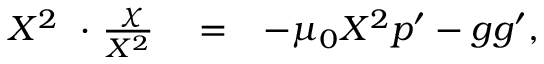
\begin{array} { r l r } { X ^ { 2 } { \bf \nabla } ~ { \bf \cdot } ~ \frac { { \bf \nabla } \chi } { X ^ { 2 } } } & { { } = } & { - \mu _ { 0 } X ^ { 2 } p ^ { \prime } - g g ^ { \prime } , } \end{array}